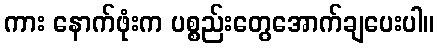
ကား နောက်ဖုံးက ပစ္စည်းတွေအောက်ချပေးပါ။